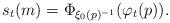
LaTeX: \begin{align*}s_t(m)=\Phi_{\xi_0(p)^{-1}}(\varphi_t(p)).\end{align*}